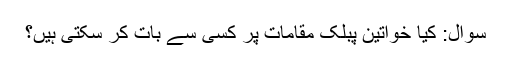
سوال: کیا خواتین پبلک مقامات پر کسی سے بات کر سکتی ہیں؟